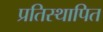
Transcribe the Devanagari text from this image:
प्रतिस्थापित